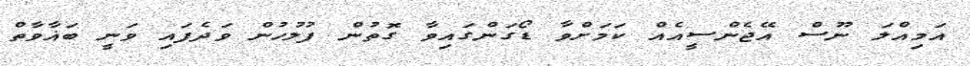
އަމިއްލަ ނޫސް އޭޖެންސީއެއް ކަމަށްވާ ޑޯގަންގައިވާ ގޮތުން ފުލުހުން ވަދެފައި ވަނީ ބަޣާވާތް